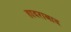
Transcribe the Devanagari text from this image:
हादराबाद